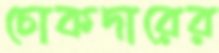
চোকদারের